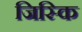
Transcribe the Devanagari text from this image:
जिस्कि